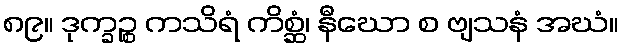
၈၉။ ဒုက္ခဉ္စ ကသိရံ ကိစ္ဆံ၊ နီဃော စ ဗျသနံ အဃံ။